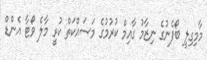
މާމިގިލީ ބޯފެނުގެ ނިޒާމު ގާއިމް ކުރުމުގެ މަސައްކަތް ކުރީ މާލެ ވޯޓާ އެންޑް